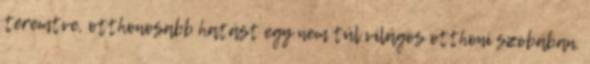
teremtve, otthonosabb hatást egy nem túl világos otthoni szobában.